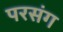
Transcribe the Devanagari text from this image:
परसंग